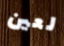
لعين